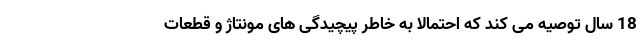
18 سال توصیه می کند که احتمالا به خاطر پیچیدگی های مونتاژ و قطعات